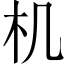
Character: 机